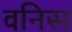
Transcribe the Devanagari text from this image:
वनिस